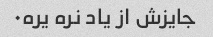
جایزش از یاد نره یره۰